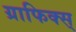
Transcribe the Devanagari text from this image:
ग्राफिक्स्